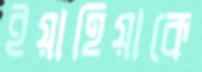
ইয়াহিয়াকে